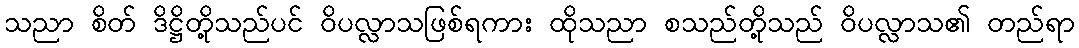
သညာ စိတ် ဒိဋ္ဌိတို့သည်ပင် ဝိပလ္လာသဖြစ်ရကား ထိုသညာ စသည်တို့သည် ဝိပလ္လာသ၏ တည်ရာ